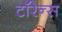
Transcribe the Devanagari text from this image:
टॉरेन्स